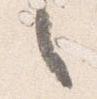
之